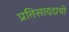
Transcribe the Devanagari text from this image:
प्रतिसाददायी